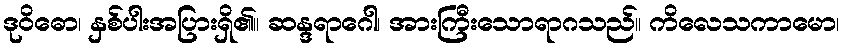
ဒုဝိဓော၊ နှစ်ပါးအပြားရှိ၏။ ဆန္ဒရာဂေါ၊ အားကြီးသောရာဂသည်။ ကိလေသကာမော၊